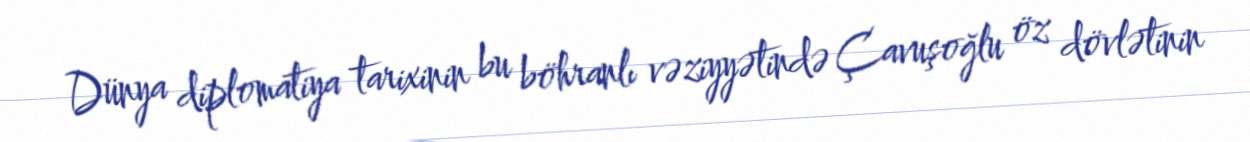
Dünya diplomatiya tarixinin bu böhranlı vəziyyətində Çavuşoğlu öz dövlətinin